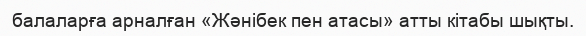
балаларға арналған «Жәнібек пен атасы» атты кітабы шықты.